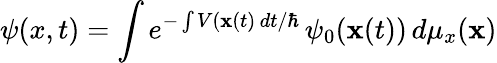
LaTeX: \psi(x,t)=\int e^{-\int V(\mathbf{x}(t)\, dt/\hbar}\, \psi_{0}(\mathbf{x}(t))\, d\mu_{x}(\mathbf{x})